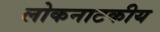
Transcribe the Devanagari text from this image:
लोकनाटकीय